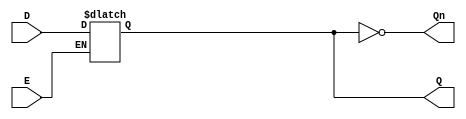
module latch_register (
    input wire D,      // Data Input
    input wire E,      // Enable Signal
    output reg Q,      // Output
    output wire Qn     // Complementary Output
);

// Complementary output
assign Qn = ~Q;

// Level-sensitive behavior
always @(*) begin
    if (E) begin
        Q = D; // Capture the input data when Enable is high
    end
    // When E is low, retain previous state (Q remains unchanged)
end

endmodule